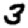
Digit: 3